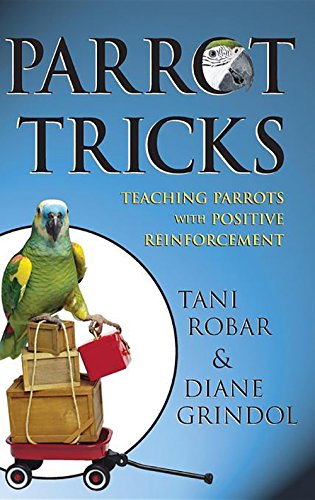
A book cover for Parrot Tricks: Teaching Parrots with Positive Reinforcement; Tani Robar; Crafts, Hobbies & Home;